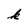
Character: k